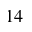
1 4